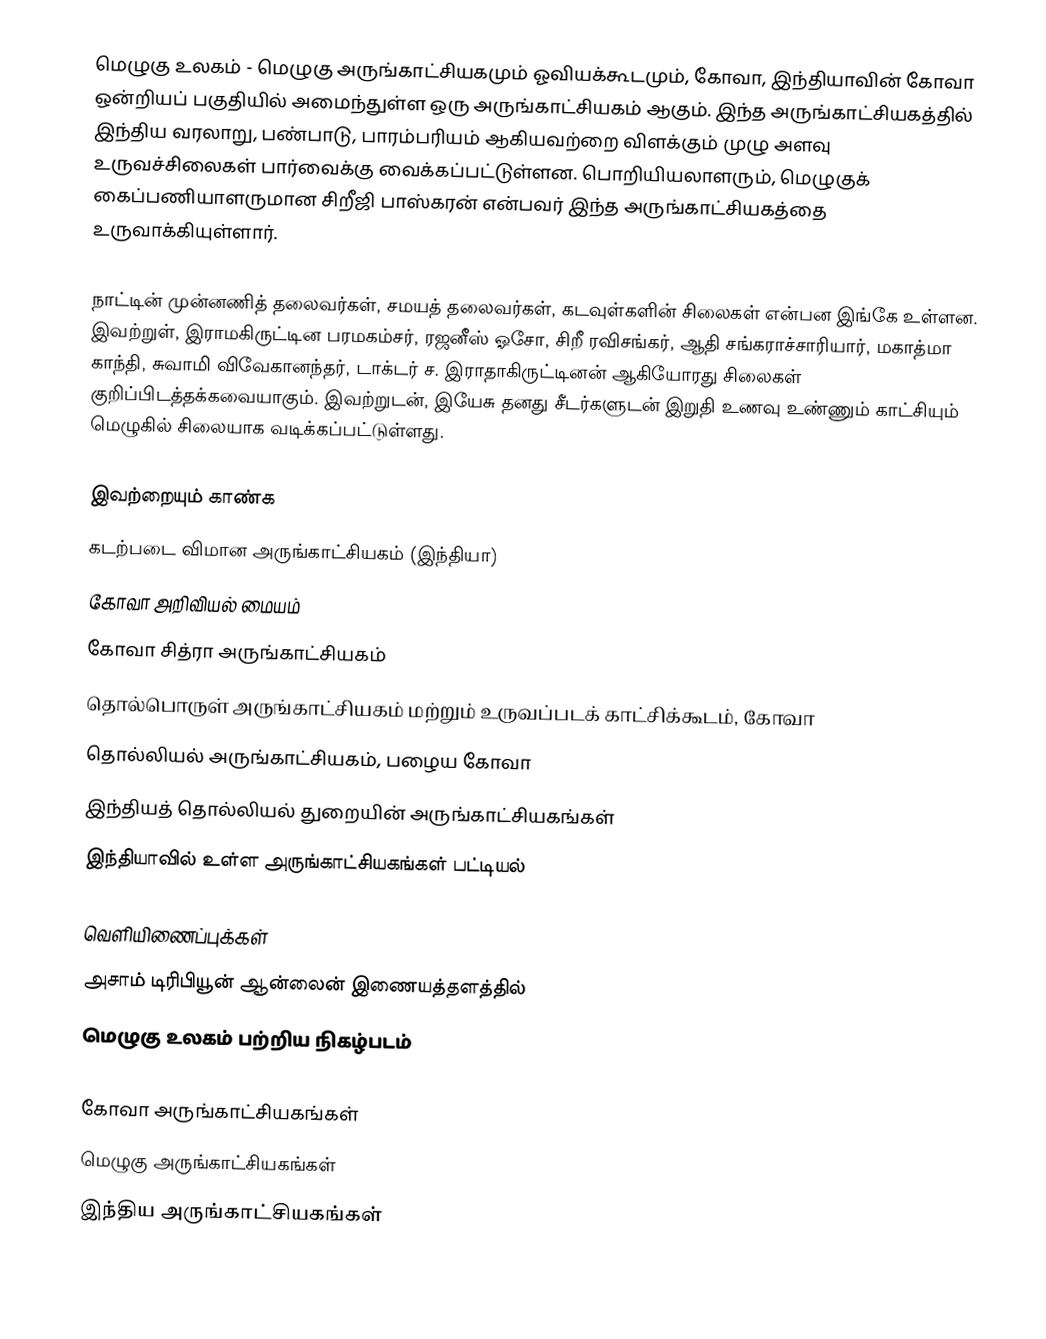
மெழுகு உலகம் - மெழுகு அருங்காட்சியகமும் ஓவியக்கூடமும், கோவா, இந்தியாவின் கோவா ஒன்றியப் பகுதியில் அமைந்துள்ள ஒரு அருங்காட்சியகம் ஆகும். இந்த அருங்காட்சியகத்தில் இந்திய வரலாறு, பண்பாடு, பாரம்பரியம் ஆகியவற்றை விளக்கும் முழு அளவு உருவச்சிலைகள் பார்வைக்கு வைக்கப்பட்டுள்ளன. பொறியியலாளரும், மெழுகுக் கைப்பணியாளருமான சிறீஜி பாஸ்கரன் என்பவர் இந்த அருங்காட்சியகத்தை உருவாக்கியுள்ளார்.

நாட்டின் முன்னணித் தலைவர்கள், சமயத் தலைவர்கள், கடவுள்களின் சிலைகள் என்பன இங்கே உள்ளன. இவற்றுள், இராமகிருட்டின பரமகம்சர், ரஜனீஸ் ஓசோ, சிறீ ரவிசங்கர், ஆதி சங்கராச்சாரியார், மகாத்மா காந்தி, சுவாமி விவேகானந்தர், டாக்டர் ச. இராதாகிருட்டினன் ஆகியோரது சிலைகள் குறிப்பிடத்தக்கவையாகும். இவற்றுடன், இயேசு தனது சீடர்களுடன் இறுதி உணவு உண்ணும் காட்சியும் மெழுகில் சிலையாக வடிக்கப்பட்டுள்ளது.

இவற்றையும் காண்க
 கடற்படை விமான அருங்காட்சியகம் (இந்தியா)
 கோவா அறிவியல் மையம்
 கோவா சித்ரா அருங்காட்சியகம்
 தொல்பொருள் அருங்காட்சியகம் மற்றும் உருவப்படக் காட்சிக்கூடம், கோவா
 தொல்லியல் அருங்காட்சியகம், பழைய கோவா
 இந்தியத் தொல்லியல் துறையின் அருங்காட்சியகங்கள்
 இந்தியாவில் உள்ள அருங்காட்சியகங்கள் பட்டியல்

வெளியிணைப்புக்கள்
 அசாம் டிரிபியூன் ஆன்லைன் இணையத்தளத்தில்
 மெழுகு உலகம் பற்றிய நிகழ்படம்

கோவா அருங்காட்சியகங்கள்
மெழுகு அருங்காட்சியகங்கள்
இந்திய அருங்காட்சியகங்கள்